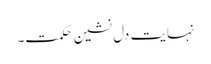
نہایت دل نشین حکمت۔